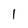
Character: 1